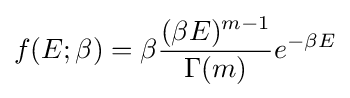
f(E;\beta )=\beta {\frac {(\beta E)^{m-1}}{\Gamma (m)}}e^{-\beta E}